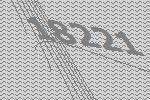
18221